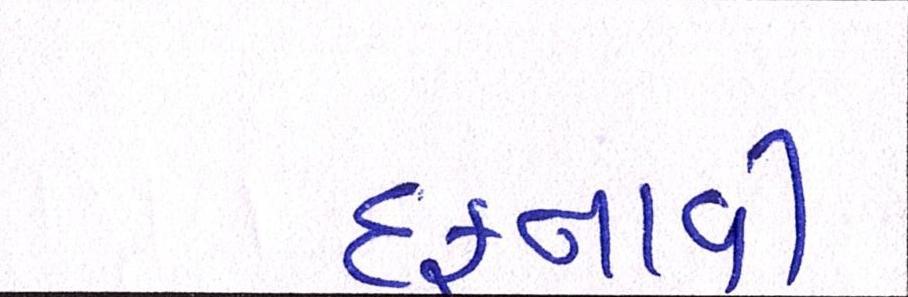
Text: દફનાવી